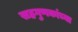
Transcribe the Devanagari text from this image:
सहगुणकांच्या